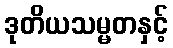
ဒုတိယသမ္မတနှင့်